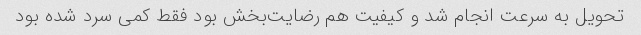
تحویل به سرعت انجام شد و کیفیت هم رضایت‌بخش بود فقط کمی سرد شده بود